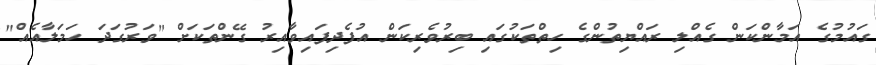
ގައުމުގެ އަމާންކަން ގެއްލި ރައްޔިތުންގެ ހިތްތަކުގައި ބިރުވެރިކަން އުފެދިފައިވާއިރު ގޭންތަކަށް "ވަރުގަދަ ހަމަލާއެއް"